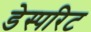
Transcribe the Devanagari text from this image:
डेस्परिट